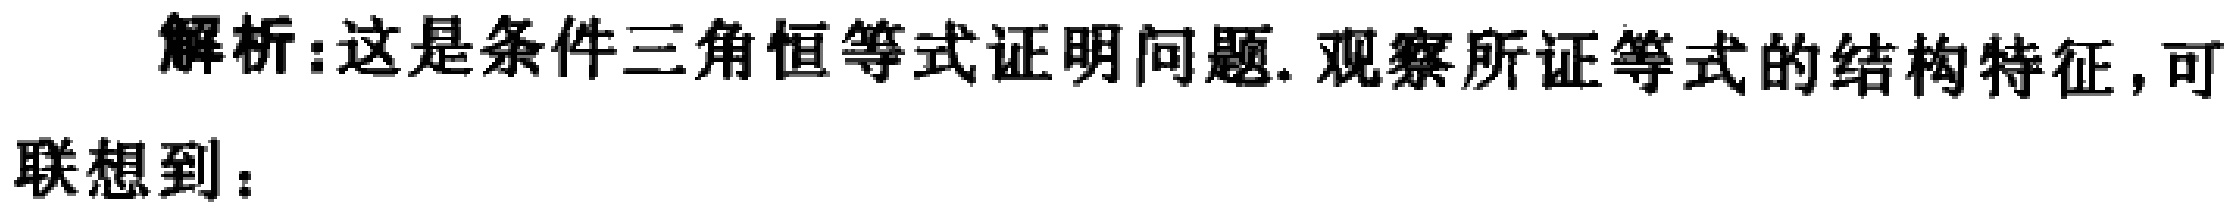
解析:这是条件三角恒等式证明问题. 观察所证等式的结构特征, 可
联想到：